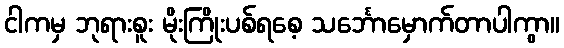
ငါကမှ ဘုရားစူး မိုးကြိုးပစ်ရစေ့ သင်္ဘောမှောက်တာပါကွာ။